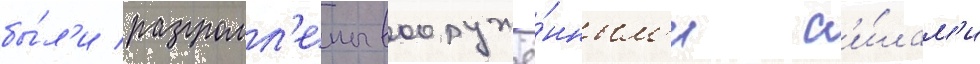
бы́л'и разгромл'ены вооружё́нным'и с'и́лам'и